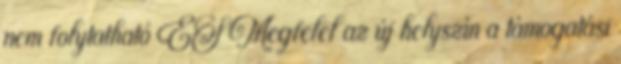
nem folytatható ÉS Megfelel az új helyszín a támogatási